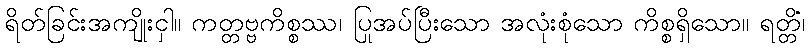
ရိတ်ခြင်းအကျိုးငှါ။ ကတ္တဗ္ဗကိစ္စဿ၊ ပြုအပ်ပြီးသော အလုံးစုံသော ကိစ္စရှိသော။ ရတ္တိံ၊